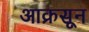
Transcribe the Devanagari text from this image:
आक्रसून